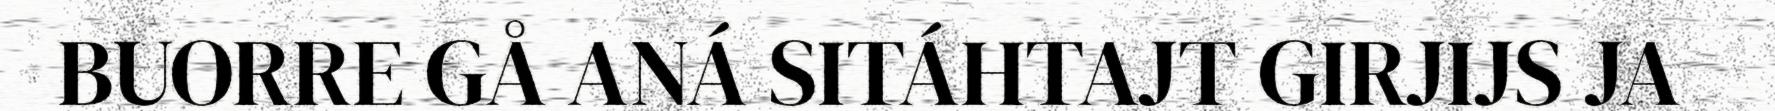
BUORRE GÅ ANÁ SITÁHTAJT GIRJIJS JA